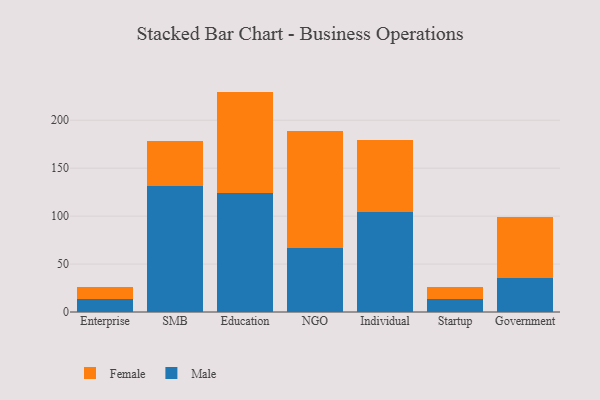
{"axis": {"x": "Segment", "y": "Backlog"}, "legend": ["Female", "Male"], "data": [{"x": "Enterprise", "y": 13.7, "type": "Male"}, {"x": "Enterprise", "y": 12.5, "type": "Female"}, {"x": "SMB", "y": 131.1, "type": "Male"}, {"x": "SMB", "y": 47.6, "type": "Female"}, {"x": "Education", "y": 124.2, "type": "Male"}, {"x": "Education", "y": 105.7, "type": "Female"}, {"x": "NGO", "y": 66.9, "type": "Male"}, {"x": "NGO", "y": 122.1, "type": "Female"}, {"x": "Individual", "y": 104.0, "type": "Male"}, {"x": "Individual", "y": 75.6, "type": "Female"}, {"x": "Startup", "y": 13.2, "type": "Male"}, {"x": "Startup", "y": 13.2, "type": "Female"}, {"x": "Government", "y": 35.9, "type": "Male"}, {"x": "Government", "y": 63.2, "type": "Female"}]}